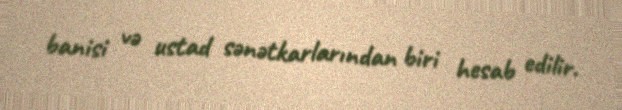
banisi və ustad sənətkarlarından biri hesab edilir.